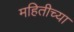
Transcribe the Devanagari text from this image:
महितीच्या